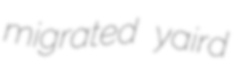
migrated yaird